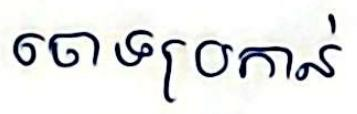
ចោទប្រកាន់